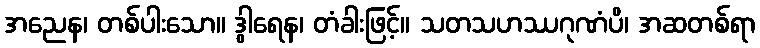
အညေန၊ တစ်ပါးသော။ ဒွါရေန၊ တံခါးဖြင့်။ သတသဟဿဂုဏံပိ၊ အဆတစ်ရာ